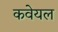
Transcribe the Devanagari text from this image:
कवेयल